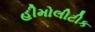
હીમોલીટીક